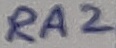
Text: RA2